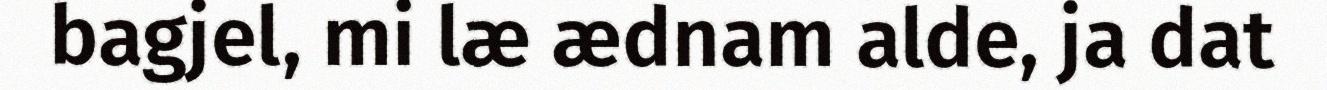
bagjel, mi læ ædnam alde, ja dat